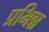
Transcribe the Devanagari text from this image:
प्रभिन्न